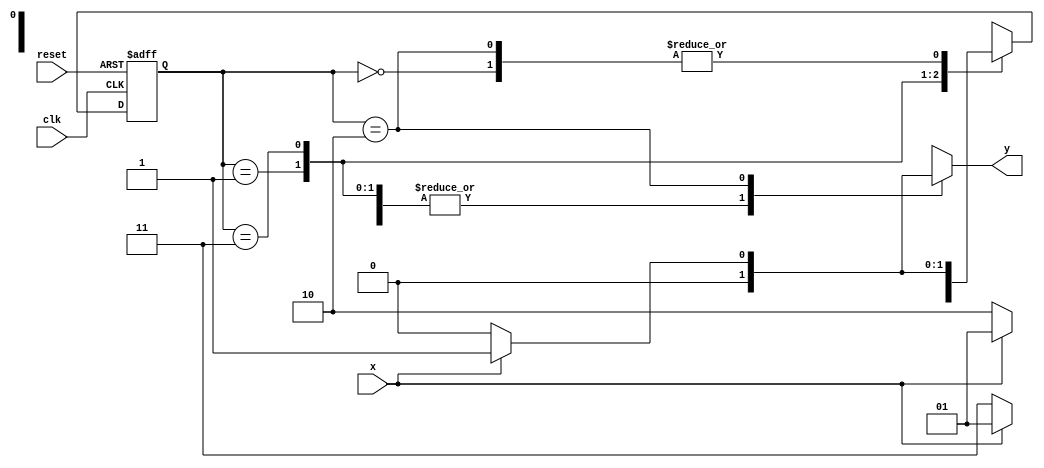
// -------------------------
// Mealy FSM
// Nome: Felipe Trres 
// --------------------------- 

// --------------------------- 
// --------------------
// --- Mealy FSM (1001) com interseao
// --------------------
//

// constant definitions
`define found 1
`define notfound 0

// FSM by Mealy
module mealy1001 ( y, x, clk, reset );
output y;
input x;
input clk;
input reset;

reg y;

parameter // state identifiers
start = 2'b00,
id1 = 2'b01,
id11 = 2'b11,
id110 = 2'b10;

reg [1:0] E1; // current state variables
reg [1:0] E2; // next state logic output

// next state logic
always @( x or E1 )
 begin
  y = `notfound;
  case ( E1 )
	start:
	 if ( x )
	  E2 = id1;
	 else
	  E2 = start;
	id1:
	 if ( x )
	  E2 = id1;
	 else
	  E2 = id11;
	id11:
	 if ( x )
	  E2 = id1;
	 else
	  E2 = id110;
	id110:
	 if ( x )
	  begin
		E2 = id1;
		y = `found;
	  end
	 else
	  begin
	   E2 = start;
		y = `notfound;
	  end
	 default: // undefined state
		E2 = 2'bxx;
	endcase
  end // always at signal or state changing
  
// state variables
 always @( posedge clk or negedge reset )
  begin
   if ( reset )
	 E1 = E2; // updates current state
	else
	 E1 = 0; // reset
  end // always at signal changing
  
endmodule // mealy1001